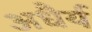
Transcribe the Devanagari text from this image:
अधैर्य